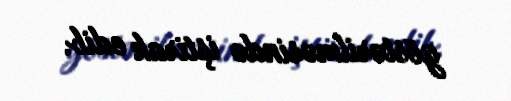
göstərilməsində iştirak edib.